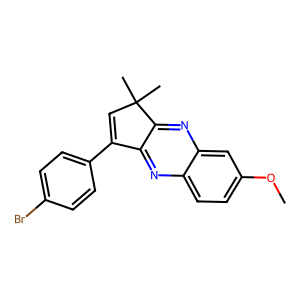
SMILES: COc1ccc2nc3c(nc2c1)C(C)(C)C=C3c1ccc(Br)cc1
Inhibits HIV replication: No